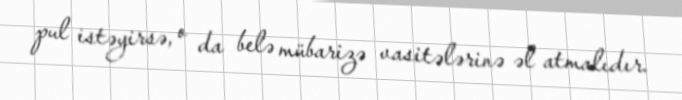
pul istəyirsə, o da belə mübarizə vasitələrinə əl atmalıdır.